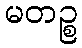
မတဉ္စ